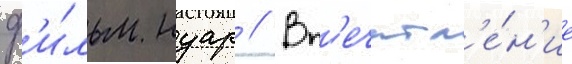
ф'и́льм нуар // Вп'ечатл'е́н'ие